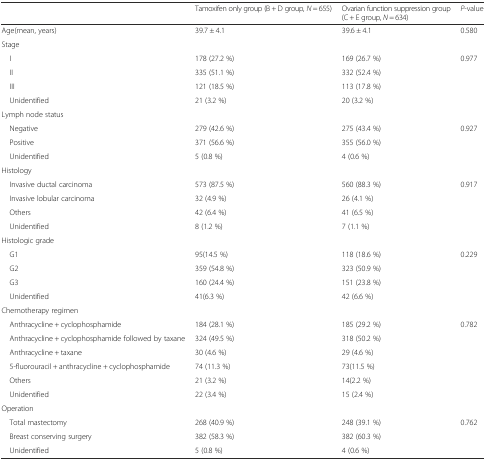
|  | Tamoxifen only group (B + D group, N = 655) | Ovarian function suppression group (C + E group, N = 634) | P-value |
 | --- | --- | --- | --- |
 | Age(mean, years) | 39.7 ± 4.1 | 39.6 ± 4.1 | 0.580 |
 | Stage |  |  |  |
 | I | 178 (27.2 %) | 169 (26.7 %) | 0.977 |
 | II | 335 (51.1 %) | 332 (52.4 %) |  |
 | III | 121 (18.5 %) | 113 (17.8 %) |  |
 | Unidentified | 21 (3.2 %) | 20 (3.2 %) |  |
 | Lymph node status |  |  |  |
 | Negative | 279 (42.6 %) | 275 (43.4 %) | 0.927 |
 | Positive | 371 (56.6 %) | 355 (56.0 %) |  |
 | Unidentified | 5 (0.8 %) | 4 (0.6 %) |  |
 | Histology |  |  |  |
 | Invasive ductal carcinoma | 573 (87.5 %) | 560 (88.3 %) | 0.917 |
 | Invasive lobular carcinoma | 32 (4.9 %) | 26 (4.1 %) |  |
 | Others | 42 (6.4 %) | 41 (6.5 %) |  |
 | Unidentified | 8 (1.2 %) | 7 (1.1 %) |  |
 | Histologic grade |  |  |  |
 | G1 | 95(14.5 %) | 118 (18.6 %) | 0.229 |
 | G2 | 359 (54.8 %) | 323 (50.9 %) |  |
 | G3 | 160 (24.4 %) | 151 (23.8 %) |  |
 | Unidentified | 41(6.3 %) | 42 (6.6 %) |  |
 | Chemotherapy regimen |  |  |  |
 | Anthracycline + cyclophosphamide | 184 (28.1 %) | 185 (29.2 %) | 0.782 |
 | Anthracycline + cyclophosphamide followed by taxane | 324 (49.5 %) | 318 (50.2 %) |  |
 | Anthracycline + taxane | 30 (4.6 %) | 29 (4.6 %) |  |
 | 5-fluorouracil + anthracycline + cyclophosphamide | 74 (11.3 %) | 73(11.5 %) |  |
 | Others | 21 (3.2 %) | 14(2.2 %) |  |
 | Unidentified | 22 (3.4 %) | 15 (2.4 %) |  |
 | Operation |  |  |  |
 | Total mastectomy | 268 (40.9 %) | 248 (39.1 %) | 0.762 |
 | Breast conserving surgery | 382 (58.3 %) | 382 (60.3 %) |  |
 | Unidentified | 5 (0.8 %) | 4 (0.6 %) |  |